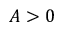
A > 0